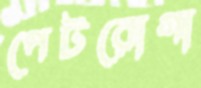
পেটরোগা